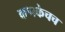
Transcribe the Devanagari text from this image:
कणकेचच